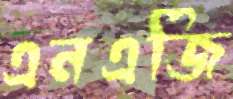
এনএজি